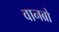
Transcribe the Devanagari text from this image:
वानब्रो